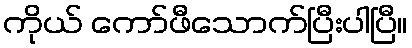
ကိုယ် ကော်ဖီသောက်ပြီးပါပြီ။